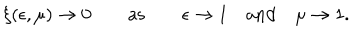
\xi ( \epsilon , \mu ) \to 0 \qquad \mathrm { a s } \qquad \epsilon \to 1 \quad \mathrm { a n d } \quad \mu \to 1 .